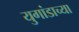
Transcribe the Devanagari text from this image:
युगांडाच्या